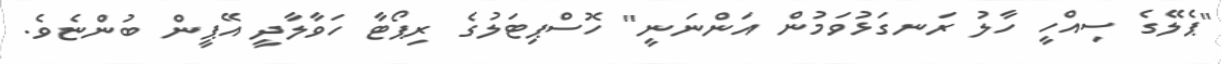
"ޕެލޭގެ ސިއްހީ ހާލު ރަނގަޅުވަމުން އަންނަނީ" ހޮސްޕިޓަލުގެ ރިޕޯޓާ ހަވާލާދީ އޭޕީން ބުންޏެވެ.